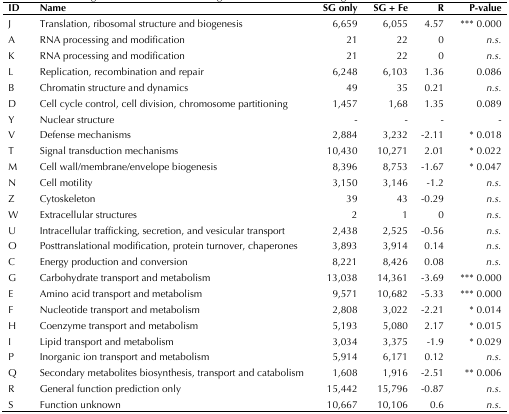
<table><thead><tr><td><b>ID</b></td><td><b>Name</b></td><td><b>SG only</b></td><td><b>SG + Fe</b></td><td><b>R</b></td><td><b>P-value</b></td></tr></thead><tbody><tr><td>J</td><td>Translation, ribosomal structure and biogenesis</td><td>6,659</td><td>6,055</td><td>4.57</td><td>*** 0.000</td></tr><tr><td>A</td><td>RNA processing and modification</td><td>21</td><td>22</td><td>0</td><td><i>n.s.</i></td></tr><tr><td>K</td><td>RNA processing and modification</td><td>21</td><td>22</td><td>0</td><td><i>n.s.</i></td></tr><tr><td>L</td><td>Replication, recombination and repair</td><td>6,248</td><td>6,103</td><td>1.36</td><td>0.086</td></tr><tr><td>B</td><td>Chromatin structure and dynamics</td><td>49</td><td>35</td><td>0.21</td><td><i>n.s.</i></td></tr><tr><td>D</td><td>Cell cycle control, cell division, chromosome partitioning</td><td>1,457</td><td>1,68</td><td>1.35</td><td>0.089</td></tr><tr><td>Y</td><td>Nuclear structure</td><td>-</td><td>-</td><td>-</td><td>-</td></tr><tr><td>V</td><td>Defense mechanisms</td><td>2,884</td><td>3,232</td><td>-2.11</td><td>* 0.018</td></tr><tr><td>T</td><td>Signal transduction mechanisms</td><td>10,430</td><td>10,271</td><td>2.01</td><td>* 0.022</td></tr><tr><td>M</td><td>Cell wall/membrane/envelope biogenesis</td><td>8,396</td><td>8,753</td><td>-1.67</td><td>* 0.047</td></tr><tr><td>N</td><td>Cell motility</td><td>3,150</td><td>3,146</td><td>-1.2</td><td><i>n.s.</i></td></tr><tr><td>Z</td><td>Cytoskeleton</td><td>39</td><td>43</td><td>-0.29</td><td><i>n.s.</i></td></tr><tr><td>W</td><td>Extracellular structures</td><td>2</td><td>1</td><td>0</td><td><i>n.s.</i></td></tr><tr><td>U</td><td>Intracellular trafficking, secretion, and vesicular transport</td><td>2,438</td><td>2,525</td><td>-0.56</td><td><i>n.s.</i></td></tr><tr><td>O</td><td>Posttranslational modification, protein turnover, chaperones</td><td>3,893</td><td>3,914</td><td>0.14</td><td><i>n.s.</i></td></tr><tr><td>C</td><td>Energy production and conversion</td><td>8,221</td><td>8,426</td><td>0.08</td><td><i>n.s.</i></td></tr><tr><td>G</td><td>Carbohydrate transport and metabolism</td><td>13,038</td><td>14,361</td><td>-3.69</td><td>*** 0.000</td></tr><tr><td>E</td><td>Amino acid transport and metabolism</td><td>9,571</td><td>10,682</td><td>-5.33</td><td>*** 0.000</td></tr><tr><td>F</td><td>Nucleotide transport and metabolism</td><td>2,808</td><td>3,022</td><td>-2.21</td><td>* 0.014</td></tr><tr><td>H</td><td>Coenzyme transport and metabolism</td><td>5,193</td><td>5,080</td><td>2.17</td><td>* 0.015</td></tr><tr><td>I</td><td>Lipid transport and metabolism</td><td>3,034</td><td>3,375</td><td>-1.9</td><td>* 0.029</td></tr><tr><td>P</td><td>Inorganic ion transport and metabolism</td><td>5,914</td><td>6,171</td><td>0.12</td><td><i>n.s.</i></td></tr><tr><td>Q</td><td>Secondary metabolites biosynthesis, transport and catabolism</td><td>1,608</td><td>1,916</td><td>-2.51</td><td>** 0.006</td></tr><tr><td>R</td><td>General function prediction only</td><td>15,442</td><td>15,796</td><td>-0.87</td><td><i>n.s.</i></td></tr><tr><td>S</td><td>Function unknown</td><td>10,667</td><td>10,106</td><td>0.6</td><td><i>n.s.</i></td></tr></tbody></table>